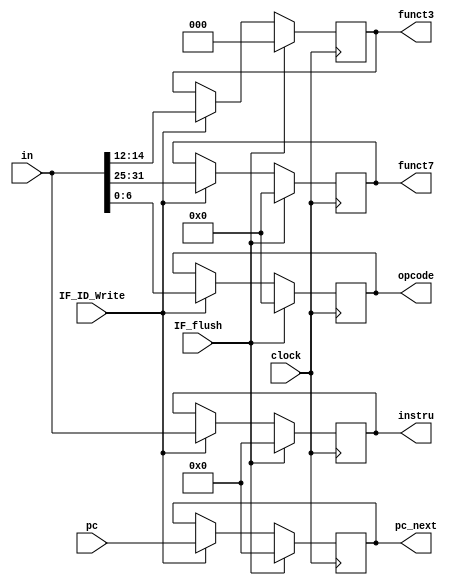
`timescale 1ns / 1ps

module IF_ID(
    input clock,
    input IF_flush,
    input IF_ID_Write,
    input [31:0] pc,
    input [31:0] in,
    output reg [31:0] pc_next,
    output reg [6:0]  funct7, // [31-25]
    output reg [2:0]  funct3, // [14-12]
    output reg [6:0]  opcode, // [6-0]
    output reg [31:0] instru  // [31-0]
);

initial
begin
    pc_next <= 0;
    instru <= 0;
    funct7 <= 0;
    funct3 <= 0;
    opcode <= 0;
end

always @(posedge clock)
begin
    if (IF_flush == 1) begin
        pc_next <= 0;
        instru <= 0;
        funct7 <= 0;
        funct3 <= 0;
        opcode <= 0;
    end else if (IF_ID_Write == 1) begin
        pc_next <= pc;
        instru <= in;
        funct7 <= in[31:25];
        funct3 <= in[14:12];
        opcode <= in[6:0];
    end else begin
        pc_next <= pc_next;
        instru <= instru;
        funct7 <= funct7;
        funct3 <= funct3;
        opcode <= opcode;
    end

    // $display("funct7 = 0x%H", funct7);
    // $display("funct3 = 0x%H", funct3);
    // $display("opcode = 0x%H", opcode);
end

endmodule